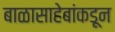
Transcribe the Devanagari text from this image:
बाळासाहेबांकडून